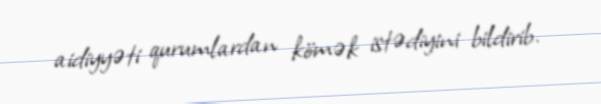
aidiyyəti qurumlardan kömək istədiyini bildirib.